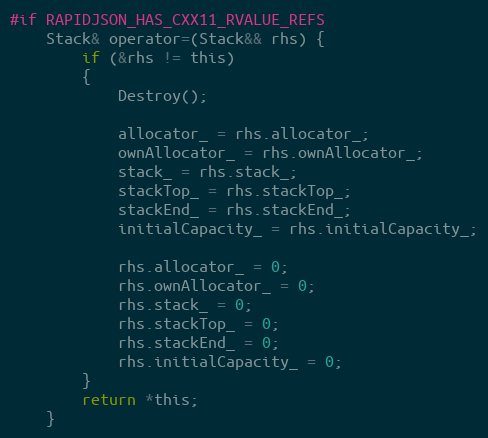
Language: C
#if RAPIDJSON_HAS_CXX11_RVALUE_REFS
    Stack& operator=(Stack&& rhs) {
        if (&rhs != this)
        {
            Destroy();

            allocator_ = rhs.allocator_;
            ownAllocator_ = rhs.ownAllocator_;
            stack_ = rhs.stack_;
            stackTop_ = rhs.stackTop_;
            stackEnd_ = rhs.stackEnd_;
            initialCapacity_ = rhs.initialCapacity_;

            rhs.allocator_ = 0;
            rhs.ownAllocator_ = 0;
            rhs.stack_ = 0;
            rhs.stackTop_ = 0;
            rhs.stackEnd_ = 0;
            rhs.initialCapacity_ = 0;
        }
        return *this;
    }